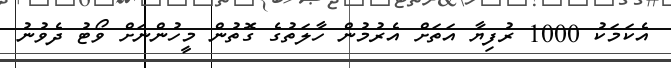
އެކަމަކު 1000 ރުފިޔާ އަތަށް އެރުމުން ހާލަތުގެ ގޮތުން މީހުންނަށް ވޯޓު ދެވުނު